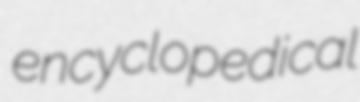
encyclopedical